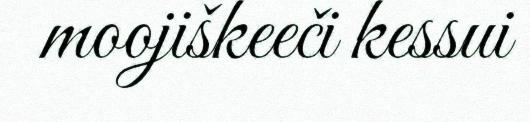
moojiškeeči kessui